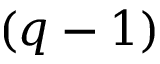
( q - 1 )